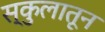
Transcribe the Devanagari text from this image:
स्कुलातून